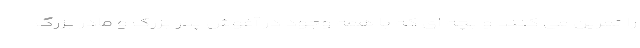
را تمرین می کنند و بچه ای که با همه وجود در آغوش پدر بزرگ و مادر بزرگ